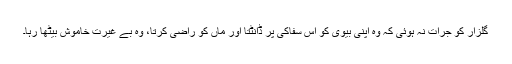
گلزار کو جرات نہ ہوئی کہ وہ اپنی بیوی کو اس سفاکی پر ڈانٹتا اور ماں کو راضی کرتا، وہ بے غیرت خاموش بیٹھا رہا۔